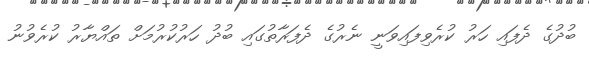
ބުދުގެ ދެފައި ހަރު ކުރެވިފައިވަނީ ނެރުގެ ދެފަރާތުގައި ބުދު ހަރުކުރުމަށް ތައްޔާރު ކުރެވުނު